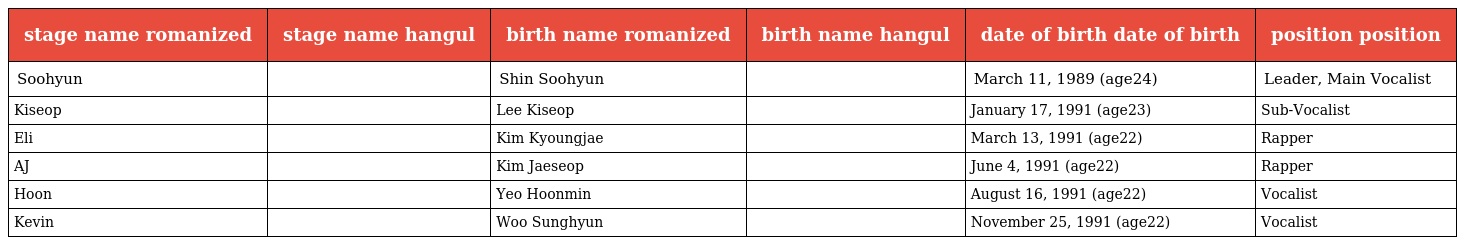
| stage name romanized | stage name hangul | birth name romanized | birth name hangul | date of birth date of birth | position position |
 | --- | --- | --- | --- | --- | --- |
 | Soohyun | 수현 | Shin Soohyun | 신수현 | March 11, 1989 (age24) | Leader, Main Vocalist |
 | Kiseop | 기섭 | Lee Kiseop | 이기섭 | January 17, 1991 (age23) | Sub-Vocalist |
 | Eli | 일라이 | Kim Kyoungjae | 김경재 | March 13, 1991 (age22) | Rapper |
 | AJ | 에이제이 | Kim Jaeseop | 김재섭 | June 4, 1991 (age22) | Rapper |
 | Hoon | 훈 | Yeo Hoonmin | 여훈민 | August 16, 1991 (age22) | Vocalist |
 | Kevin | 케빈 | Woo Sunghyun | 우성현 | November 25, 1991 (age22) | Vocalist |